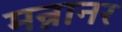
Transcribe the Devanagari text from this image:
मन्नानर